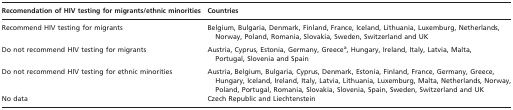
<table><thead><tr><td><b>Recomendation of HIV testing for migrants/ethnic minorities</b></td><td><b>Countries</b></td></tr></thead><tbody><tr><td>Recommend HIV testing for migrants</td><td>Belgium, Bulgaria, Denmark, Finland, France, Iceland, Lithuania, Luxemburg, Netherlands, Norway, Poland, Romania, Slovakia, Sweden, Switzerland and UK</td></tr><tr><td>Do not recommend HIV testing for migrants</td><td>Austria, Cyprus, Estonia, Germany, Greece<sup>a</sup>, Hungary, Ireland, Italy, Latvia, Malta, Portugal, Slovenia and Spain</td></tr><tr><td>Do not recommend HIV testing for ethnic minorities</td><td>Austria, Belgium, Bulgaria, Cyprus, Denmark, Estonia, Finland, France, Germany, Greece, Hungary, Iceland, Ireland, Italy, Latvia, Lithuania, Luxemburg, Malta, Netherlands, Norway, Poland, Portugal, Romania, Slovakia, Slovenia, Spain, Sweden, Switzerland and UK</td></tr><tr><td>No data</td><td>Czech Republic and Liechtenstein</td></tr></tbody></table>